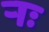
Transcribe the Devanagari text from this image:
र्‍ाः